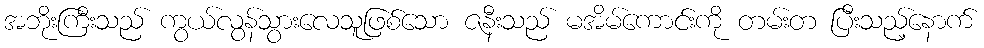
အဘိုးကြီးသည် ကွယ်လွန်သွားလေသူဖြစ်သော ဇနီးသည် မအိမ်ကောင်းကို တမ်းတ ပြီးသည့်နောက်